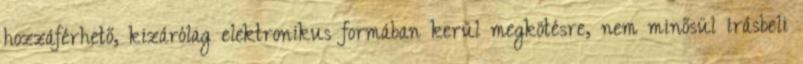
hozzáférhető, kizárólag elektronikus formában kerül megkötésre, nem minősül írásbeli